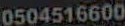
0504516600